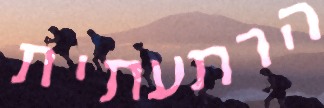
הרתעתית